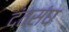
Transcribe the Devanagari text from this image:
दंतसंघ